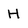
Character: H